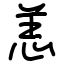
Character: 恙